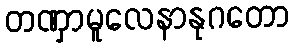
တဏှာမူလေနာနုဂတော